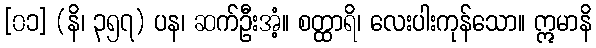
[၀၁] (နိ၊ ၃၅၇) ပန၊ ဆက်ဦးအံ့။ စတ္ထာရိ၊ လေးပါးကုန်သော။ ဣမာနိ